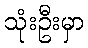
သုံးဦးမှာ